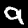
Label: 9